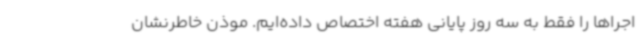
اجراها را فقط به سه روز پایانی هفته اختصاص داده‌ایم. موذن خاطرنشان